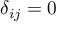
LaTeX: \delta _ { i j } = 0